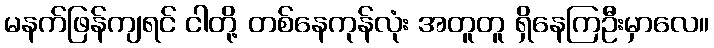
မနက်ဖြန်ကျရင် ငါတို့ တစ်နေကုန်လုံး အတူတူ ရှိနေကြဦးမှာလေ။